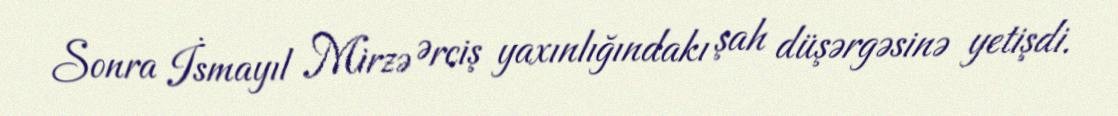
Sonra İsmayıl Mirzə Ərciş yaxınlığındakı şah düşərgəsinə yetişdi.